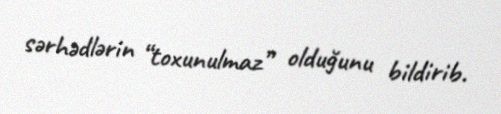
sərhədlərin “toxunulmaz” olduğunu bildirib.